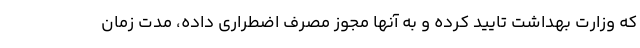
که وزارت بهداشت تایید کرده و به آنها مجوز مصرف اضطراری داده، مدت زمان